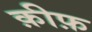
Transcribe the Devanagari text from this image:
क़ीफ़